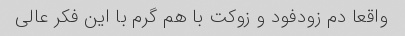
واقعا دم زودفود و زوکت با هم گرم با این فکر عالی